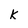
Character: k